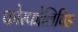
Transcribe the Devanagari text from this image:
फोस्फोलिपिड